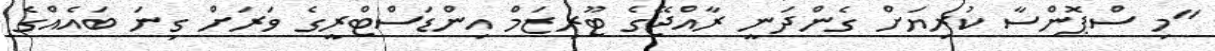
"މި ސްޕޮންސާ ކުރިޔަށް ގެންދަނީ ރާއްޖޭގެ ޓޫރިޒަމް އިންޑަސްޓްރީގެ ވަރަށް ގިނަ ބައެއްގެ